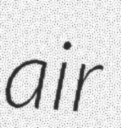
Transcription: air